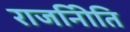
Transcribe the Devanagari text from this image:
राजनीिति